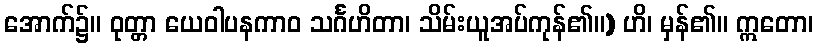
အောက်၌။ ဝုတ္တာ ယေဝါပနကာဝ သင်္ဂဟိတာ၊ သိမ်းယူအပ်ကုန်၏။) ဟိ၊ မှန်၏။ ဣတော၊